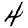
Digit: 4